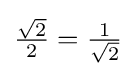
{\textstyle {\frac {\sqrt {2}}{2}}={\frac {1}{\sqrt {2}}}}